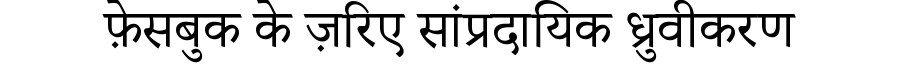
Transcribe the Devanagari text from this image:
फ़ेसबुक के ज़रिए सांप्रदायिक ध्रुवीकरण